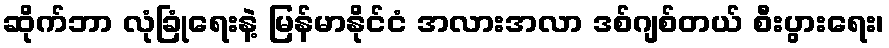
ဆိုက်ဘာ လုံခြုံရေးနဲ့ မြန်မာနိုင်ငံ အလားအလာ ဒစ်ဂျစ်တယ် စီးပွားရေး၊